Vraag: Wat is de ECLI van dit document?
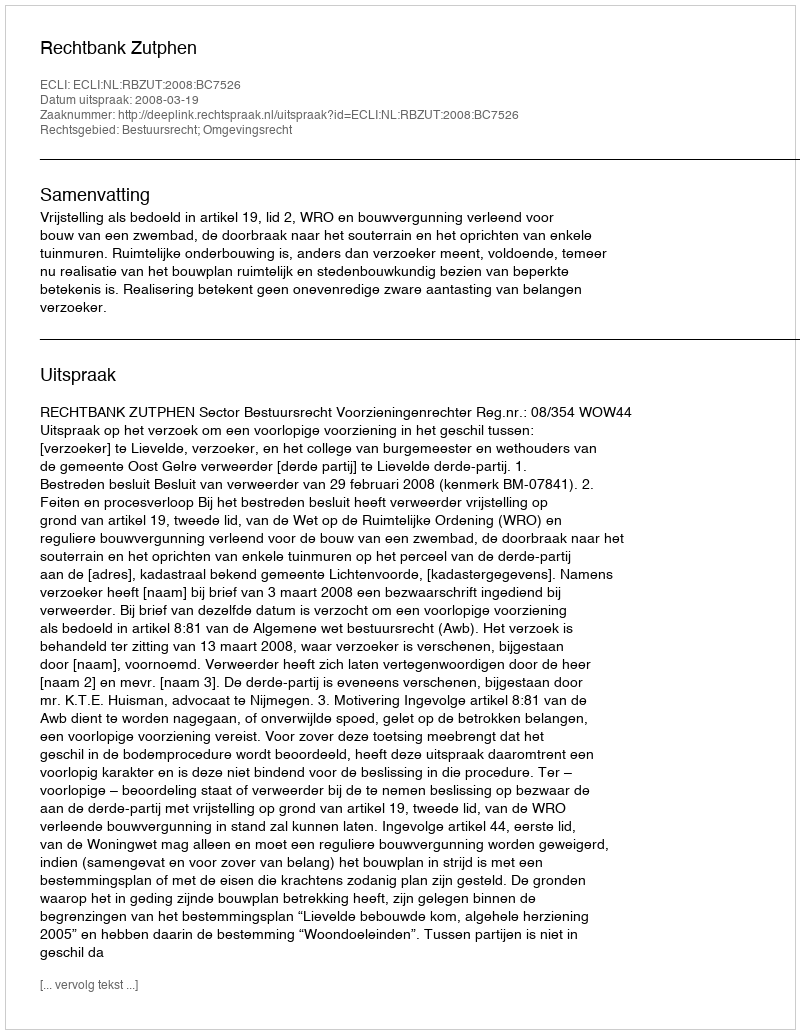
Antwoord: ECLI:NL:RBZUT:2008:BC7526